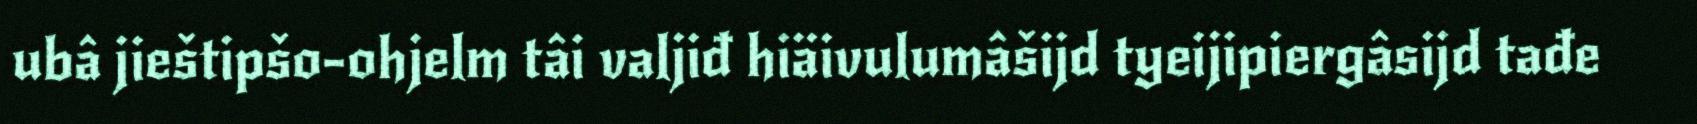
ubâ jieštipšo-ohjelm tâi valjiđ hiäivulumâšijd tyeijipiergâsijd tađe